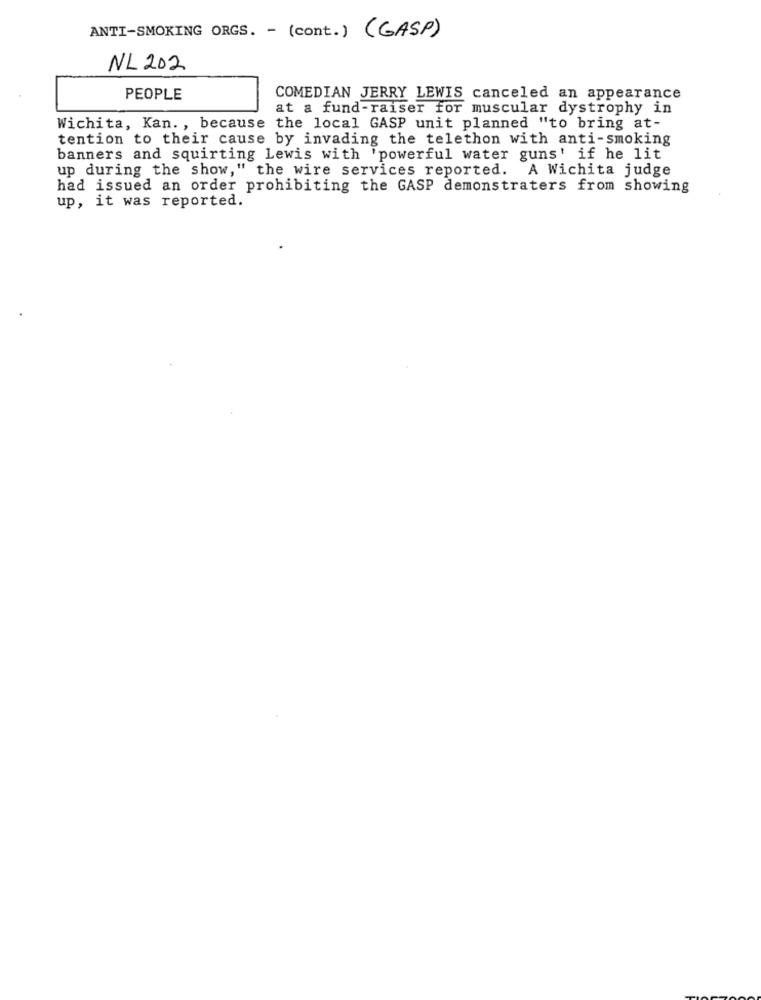
ANTI-SMOKING ORGS. - (cont.) (GASP)
NL 202
PEOPLE
COMEDIAN JERRY LEWIS canceled an appearance
at a fund-raiser for muscular dystrophy in
Wichita, Kan. , because the local GASP unit planned "to bring at-
tention to their cause by invading the telethon with anti-smoking
banners and squirting Lewis with 'powerful water guns' if he lit
up during the show," the wire services reported. A Wichita judge
had issued an order prohibiting the GASP demonstraters from showing
up, it was reported.